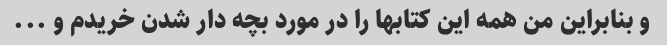
و بنابراین من همه این کتابها را در مورد بچه دار شدن خریدم و ...